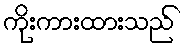
ကိုးကားထားသည်